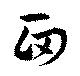
面